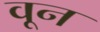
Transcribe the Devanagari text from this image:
वून